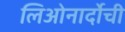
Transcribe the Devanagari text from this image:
लिओनार्दोची